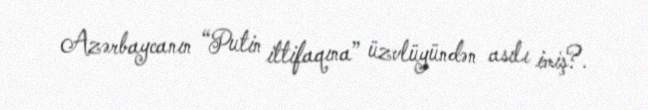
Azərbaycanın “Putin ittifaqına” üzvlüyündən asılı imiş?.